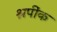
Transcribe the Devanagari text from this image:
श्रपींक